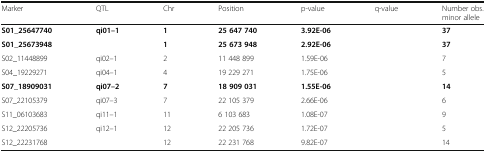
<table><thead><tr><td><b>Marker</b></td><td><b>QTL</b></td><td><b>Chr</b></td><td><b>Position</b></td><td><b>p-value</b></td><td><b>q-value</b></td><td><b>Number obs.minor allele</b></td></tr></thead><tbody><tr><td><b>S01_25647740</b></td><td><b>qi01–1</b></td><td><b>1</b></td><td><b>25 647 740</b></td><td><b>3.92E-06</b></td><td></td><td><b>37</b></td></tr><tr><td><b>S01_25673948</b></td><td></td><td><b>1</b></td><td><b>25 673 948</b></td><td><b>2.92E-06</b></td><td></td><td><b>37</b></td></tr><tr><td>S02_11448899</td><td>qi02–1</td><td>2</td><td>11 448 899</td><td>1.59E-06</td><td></td><td>7</td></tr><tr><td>S04_19229271</td><td>qi04–1</td><td>4</td><td>19 229 271</td><td>1.75E-06</td><td></td><td>5</td></tr><tr><td><b>S07_18909031</b></td><td><b>qi07–2</b></td><td><b>7</b></td><td><b>18 909 031</b></td><td><b>1.55E-06</b></td><td></td><td><b>14</b></td></tr><tr><td>S07_22105379</td><td>qi07–3</td><td>7</td><td>22 105 379</td><td>2.66E-06</td><td></td><td>6</td></tr><tr><td>S11_06103683</td><td>qi11–1</td><td>11</td><td>6 103 683</td><td>1.08E-07</td><td></td><td>9</td></tr><tr><td>S12_22205736</td><td>qi12–1</td><td>12</td><td>22 205 736</td><td>1.72E-07</td><td></td><td>5</td></tr><tr><td>S12_22231768</td><td></td><td>12</td><td>22 231 768</td><td>9.82E-07</td><td></td><td>14</td></tr></tbody></table>